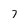
Character: 7